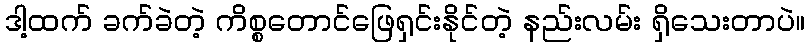
ဒါ့ထက် ခက်ခဲတဲ့ ကိစ္စတောင်ဖြေရှင်းနိုင်တဲ့ နည်းလမ်း ရှိသေးတာပဲ။